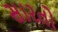
સારતો